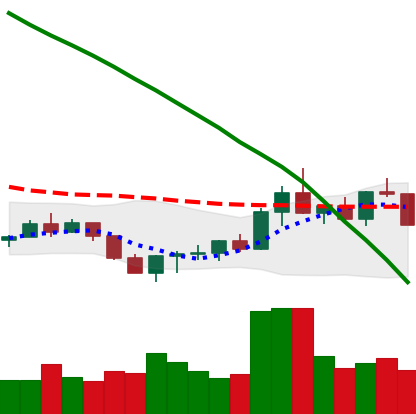
Ticker: ADA-USD
Chart end date: 2022-07-25
Forward return: 10.357%
Label: up_7plus